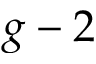
g - 2